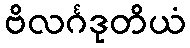
ဗိလင်္ဂဒုတိယံ